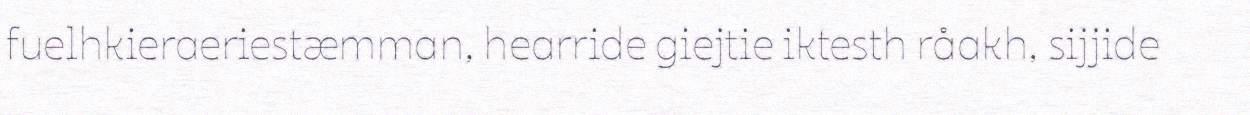
fuelhkieraeriestæmman, hearride giejtie iktesth råakh, sijjide